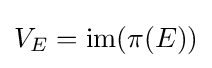
V_{E}=\operatorname {im} (\pi (E))